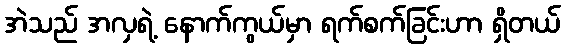
အဲသည် အလှရဲ့ နောက်ကွယ်မှာ ရက်စက်ခြင်းဟာ ရှိတယ်